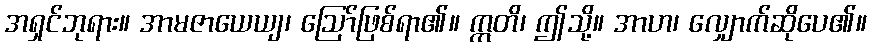
အရှင်ဘုရား။ အာမဇာယေယျ၊ ဩော်ဖြစ်ရာ၏။ ဣတိ၊ ဤသို့။ အာဟ၊ လျှောက်ဆိုပေ၏။